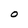
Character: O